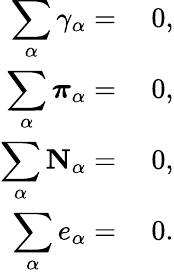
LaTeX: \begin{array}{rl}{\displaystyle\sum_{\alpha}\gamma_{\alpha}=}&{{}~0,}\\ {\displaystyle\sum_{\alpha}\boldsymbol{\pi}_{\alpha}=}&{{}~0,}\\ {\displaystyle\sum_{\alpha}\mathbf{N}_{\alpha}=}&{{}~0,}\\ {\displaystyle\sum_{\alpha}e_{\alpha}=}&{{}~0.}\end{array}